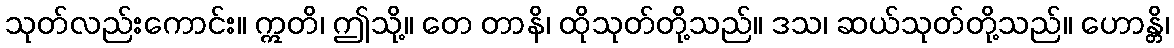
သုတ်လည်းကောင်း။ ဣတိ၊ ဤသို့။ တေ တာနိ၊ ထိုသုတ်တို့သည်။ ဒသ၊ ဆယ်သုတ်တို့သည်။ ဟောန္တိ၊